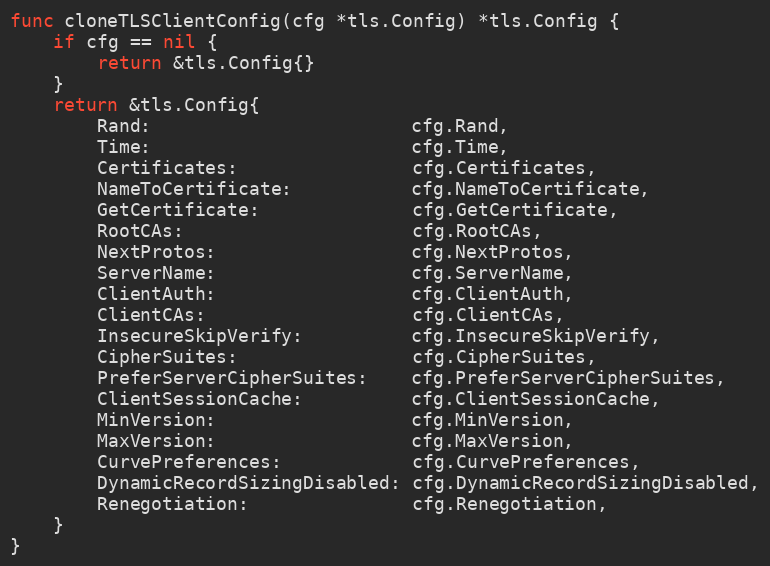
Language: Go
func cloneTLSClientConfig(cfg *tls.Config) *tls.Config {
	if cfg == nil {
		return &tls.Config{}
	}
	return &tls.Config{
		Rand:                        cfg.Rand,
		Time:                        cfg.Time,
		Certificates:                cfg.Certificates,
		NameToCertificate:           cfg.NameToCertificate,
		GetCertificate:              cfg.GetCertificate,
		RootCAs:                     cfg.RootCAs,
		NextProtos:                  cfg.NextProtos,
		ServerName:                  cfg.ServerName,
		ClientAuth:                  cfg.ClientAuth,
		ClientCAs:                   cfg.ClientCAs,
		InsecureSkipVerify:          cfg.InsecureSkipVerify,
		CipherSuites:                cfg.CipherSuites,
		PreferServerCipherSuites:    cfg.PreferServerCipherSuites,
		ClientSessionCache:          cfg.ClientSessionCache,
		MinVersion:                  cfg.MinVersion,
		MaxVersion:                  cfg.MaxVersion,
		CurvePreferences:            cfg.CurvePreferences,
		DynamicRecordSizingDisabled: cfg.DynamicRecordSizingDisabled,
		Renegotiation:               cfg.Renegotiation,
	}
}